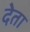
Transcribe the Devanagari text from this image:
देेता